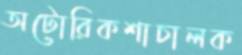
অটোরিকশাচালক